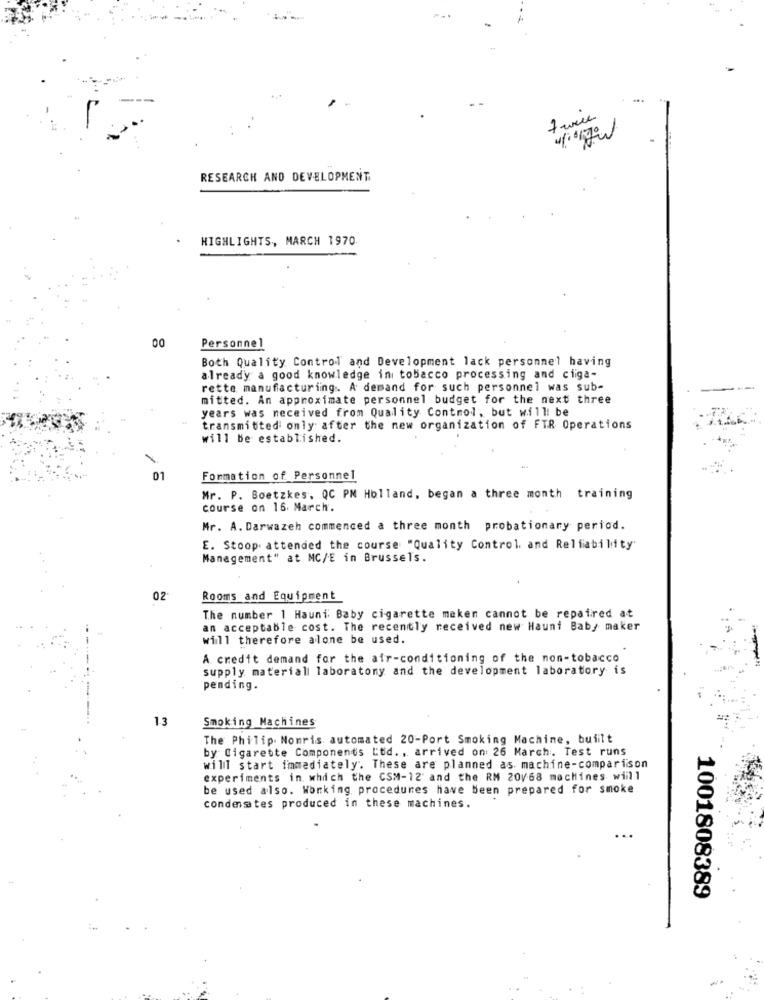
RESEARCH AND DEVELOPMENT
HIGHLIGHTS, MARCH 1970
00
Personnel
Both Quality Control and Development lack personnel having
already a good knowledge in tobacco processing and ciiga-
rette manufacturing. A demand for such personnel was sub-
mitted. An approximate personnel budget for the next three
years was neceived from Quality Control, but will be
transmitted only after the new organization of FTR Operations
will be established.
01
Formation of Personnel
Mr. P. Boetzkes, QC PM Holland, began a three month training
course on 16. March.
Mr. A. Darwazeh commenced a three month probationary period.
E. Stoop attended the course "Quality Control, and Reliability
Management" at MC/E in Brussels.
02
Rooms and Equipment
The number 1 Hauni Baby cigarette maken cannot be repaired at
an acceptable cost. The recently received new Hauni Baby maker
will therefore alone be used.
A credit demand for the air-conditioning of the non-tobacco
supply material laboratony and the development laboratory is
pending.
13
Smoking Machines
The Philip Nomris automated 20-Port Smoking Machine, built
by Cigarette Components Ltd. , arrived on: 26 March. Test runs
will start immediately. These are planned as machine-comparison
experiments in which the CSM-12' and the RM 20/68 machines wiill
be used also. Working procedures have been prepared for smoke
condenates produced in these machines.
...
1001808389